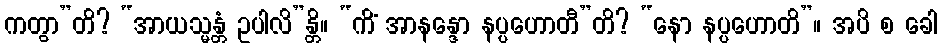
ကတွာ”တိ? “အာယသ္မန္တံ ဥပါလိ”န္တိ။ “ကိံ အာနန္ဒော နပ္ပဟောတီ”တိ? “နော နပ္ပဟောတိ”။ အပိ စ ခေါ